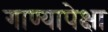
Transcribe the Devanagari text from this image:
गाण्यापेक्षा